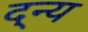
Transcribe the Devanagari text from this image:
द्न्य